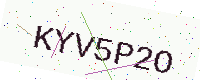
Text: KYV5P2O